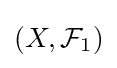
\left(X,{\mathcal {F}}_{1}\right)